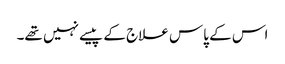
اس کے پاس علاج کے پیسے نہیں تھے۔